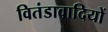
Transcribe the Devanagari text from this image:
वितंडावादियों